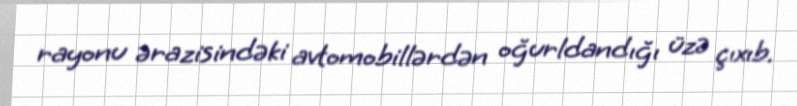
rayonu ərazisindəki avtomobillərdən oğurldandığı üzə çıxıb.